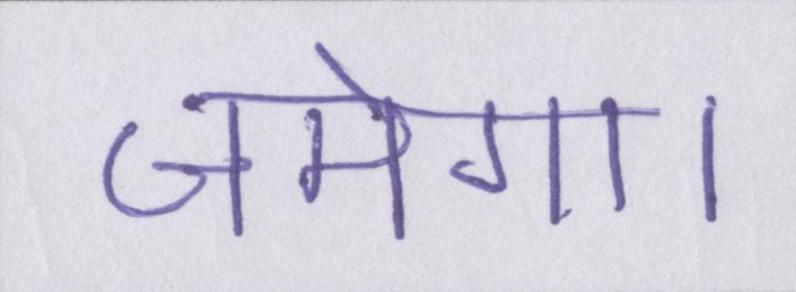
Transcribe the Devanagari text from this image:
जमेगा।